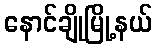
နောင်ချိုမြို့နယ်